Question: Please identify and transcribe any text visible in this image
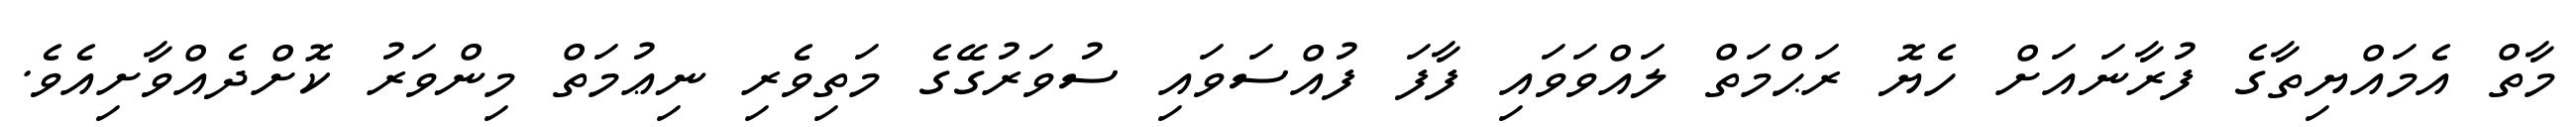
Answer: މާތް އެމައްޔިތާގެ ފުރާނައަށް ހެޔޮ ރަޙްމަތް ލައްވަވައި ފާފަ ފުއްސަވައި ސުވަރުގޭގެ މަތިވެރި ނިޢުމަތް މިންވަރު ކޮށްދެއްވާށިއެވެ.